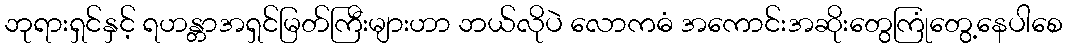
ဘုရားရှင်နှင့် ရဟန္တာအရှင်မြတ်ကြီးများဟာ ဘယ်လိုပဲ လောကဓံ အကောင်းအဆိုးတွေကြုံတွေ့နေပါစေ